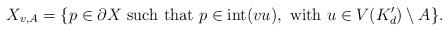
LaTeX: \begin{align*}X_{v,A} = \{p \in \partial X \ \textrm{such that} \ p \in \textrm{int}(vu), \ \textrm{with} \ u \in V(K_d') \setminus A\}.\end{align*}